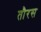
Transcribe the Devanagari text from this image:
तौरस